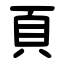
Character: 頁